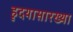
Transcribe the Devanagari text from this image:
हृदयासारख्या